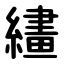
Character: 繣